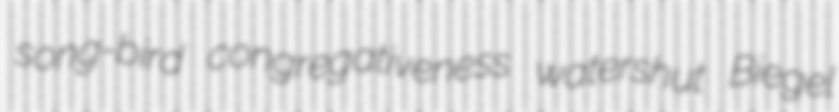
song-bird congregativeness watershut Biegel